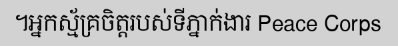
។អ្នកស្ម័គ្រចិត្តរបស់ទីភ្នាក់ងារ Peace Corps